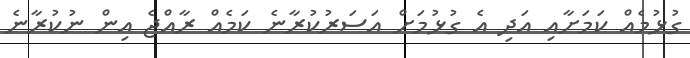
ގުޅުމެއް ކަމަށާއި އަދި އެ ގުޅުމަށް އަސަރުކުރާނެ ކަމެއް ރާއްޖެ އިން ނުކުރާނެ